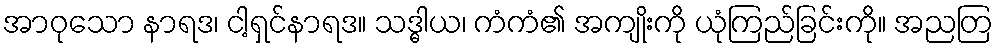
အာဝုသော နာရဒ၊ ငါ့ရှင်နာရဒ။ သဒ္ဓါယ၊ ကံကံ၏ အကျိုးကို ယုံကြည်ခြင်းကို။ အညတြ